Insane asylums in Bengal annual reports 1867-1875 - 1867-1875
Year: 1867
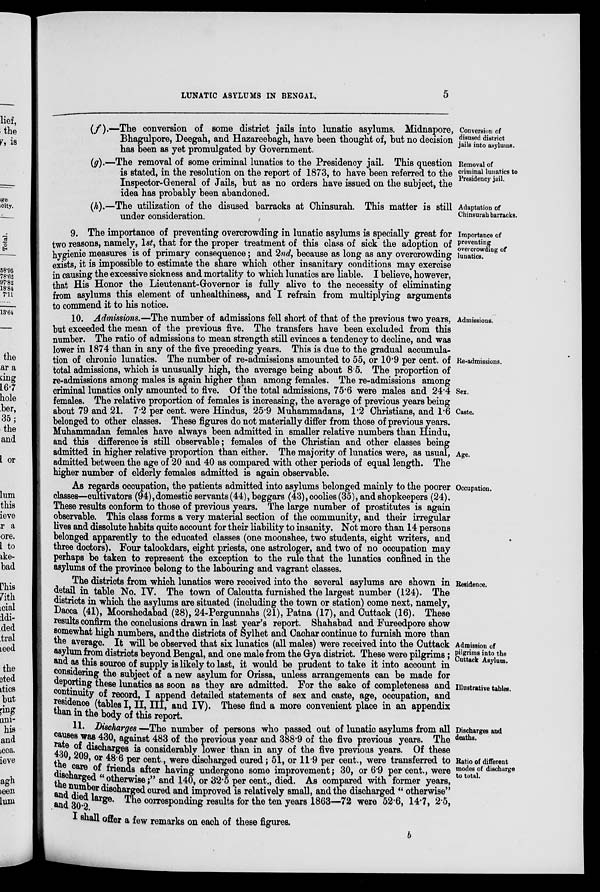
LUNATIC ASYLUMS IN BENGAL.
5
Conversion of
disused district
jails into asylums.
(f).—The conversion of some district jails into lunatic asylums. Midnapore,
Bhagulpore, Deegah, and Hazareebagh, have been thought of, but no decision
has been as yet promulgated by Government.
Removal of
criminal lunatics to
Presidency jail.
(g).—The removal of some criminal lunatics to the Presidency jail. This question
is stated, in the resolution on the report of 1873, to have been referred to the
Inspector-General of Jails, but as no orders have issued on the subject, the
idea has probably been abandoned.
Adaptation of
Chinsurah barracks.
(h).—The utilization of the disused barracks at Chinsurah. This matter is still
under consideration.
Importance of
preventing
overcrowding of
lunatics.
9. The importance of preventing overcrowding in lunatic asylums is specially great for
two reasons, namely, 1st, that for the proper treatment of this class of sick the adoption of
hygienic measures is of primary consequence; and 2nd, because as long as any overcrowding
exists, it is impossible to estimate the share which other insanitary conditions may exercise
in causing the excessive sickness and mortality to which lunatics are liable. I believe, however,
that His Honor the Lieutenant-Governor is fully alive to the necessity of eliminating
from asylums this element of unhealthiness, and I refrain from multiplying arguments
to commend it to his notice.
Admissions.
Re-admissions.
Sex.
Caste.
Age.
10. Admissions.—The number of admissions fell short of that of the previous two years,
but exceeded the mean of the previous five. The transfers have been excluded from this
number. The ratio of admissions to mean strength still evinces a tendency to decline, and was
lower in 1874 than in any of the five preceding years. This is due to the gradual accumula-
tion of chronic lunatics. The number of re-admissions amounted to 55, or 10.9 per cent. of
total admissions, which is unusually high, the average being about 8.5. The proportion of
re-admissions among males is again higher than among females. The re-admissions among
criminal lunatics only amounted to five. Of the total admissions, 75.6 were males and 24.4
females. The relative proportion of females is increasing, the average of previous years being
about 79 and 21. 7.2 per cent. were Hindus, 25.9 Muhammadans, 1.2 Christians, and 1.6
belonged to other classes. These figures do not materially differ from those of previous years.
Muhammadan females have always been admitted in smaller relative numbers than Hindu,
and this difference is still observable; females of the Christian and other classes being
admitted in higher relative proportion than either. The majority of lunatics were, as usual,
admitted between the age of 20 and 40 as compared with other periods of equal length. The
higher number of elderly females admitted is again observable.
Occupation.
As regards occupation, the patients admitted into asylums belonged mainly to the poorer
classes—cultivators (94), domestic servants (44), beggars (43), coolies (35), and shopkeepers (24).
These results conform to those of previous years. The large number of prostitutes is again
observable. This class forms a very material section of the community, and their irregular
lives and dissolute habits quite account for their liability to insanity. Not more than 14 persons
belonged apparently to the educated classes (one moonshee, two students, eight writers, and
three doctors). Four talookdars, eight priests, one astrologer, and two of no occupation may
perhaps be taken to represent the exception to the rule that the lunatics confined in the
asylums of the province belong to the labouring and vagrant classes.
Residence.
Admission of
pilgrims into the
Cuttack Asylum.
Illustrative tables.
The districts from which lunatics were received into the several asylums are shown in
detail in table No. IV. The town of Calcutta furnished the largest number (124). The
districts in which the asylums are situated (including the town or station) come next, namely,
Dacca (41), Moorshedabad (28), 24-Pergunnahs (21), Patna (17), and Cuttack (16). These
results confirm the conclusions drawn in last year's report. Shahabad and Fureedpore show
somewhat high numbers, and the districts of Sylhet and Cachar continue to furnish more than
the average. It will be observed that six lunatics (all males) were received into the Cuttack
asylum from districts beyond Bengal, and one male from the Gya district. These were pilgrims;
and as this source of supply is likely to last, it would be prudent to take it into account in
considering the subject of a new asylum for Orissa, unless arrangements can be made for
deporting these lunatics as soon as they are admitted. For the sake of completeness and
continuity of record, I append detailed statements of sex and caste, age, occupation, and
residence (tables I, II, III, and IV). These find a more convenient place in an appendix
than in the body of this report.
Discharges and
deaths.
Ratio of different
modes of discharge
to total.
11. Discharges —The number of persons who passed out of lunatic asylums from all
causes was 430, against 483 of the previous year and 388.9 of the five previous years. The
rate of discharged considerably lower than in any of the five previous years. Of these
430, 209, or 48.6 per cent., were discharged cured; 51, or 11.9 per cent., were transferred to
the care friends after having undergone some improvement; 30, or 6.9 per cent., were
discharged "otherwise;" and 140, or 32.5 per cent., died. As compared with former years,
the number discharged cured and improved is relatively small, and the discharged " otherwise"
and died large. The corresponding results for the ten years 1863—72 were 52.6, 14.7, 2.5,
and 30.2.
I shall offer a few remarks on each of these figures.
b